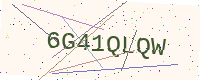
Text: 6G41QLQW